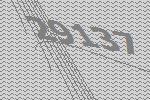
29137